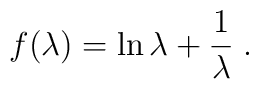
f(\lambda) = \ln \lambda + \frac 1\lambda\; .